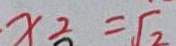
x _ { 2 } = \sqrt { 2 }